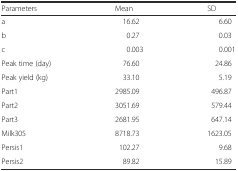
<table><thead><tr><td><b>Parameters</b></td><td><b>Mean</b></td><td><b>SD</b></td></tr></thead><tbody><tr><td>a</td><td>16.62</td><td>6.60</td></tr><tr><td>b</td><td>0.27</td><td>0.03</td></tr><tr><td>c</td><td>0.003</td><td>0.001</td></tr><tr><td>Peak time (day)</td><td>76.60</td><td>24.86</td></tr><tr><td>Peak yield (kg)</td><td>33.10</td><td>5.19</td></tr><tr><td>Part1</td><td>2985.09</td><td>496.87</td></tr><tr><td>Part2</td><td>3051.69</td><td>579.44</td></tr><tr><td>Part3</td><td>2681.95</td><td>647.14</td></tr><tr><td>Milk305</td><td>8718.73</td><td>1623.05</td></tr><tr><td>Persis1</td><td>102.27</td><td>9.68</td></tr><tr><td>Persis2</td><td>89.82</td><td>15.89</td></tr></tbody></table>